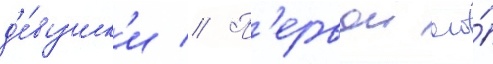
д'е́вушк'и // П'ервои его́